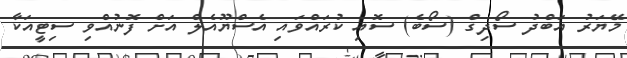
މޭޔަރު އަބްދު ސޯދިގް (ސޯބެ) ސޮއި ކުރައްވައި އެސްޔޫއެލް އަށް ފޮނުއްވި ސިޓީއަކާ